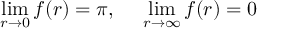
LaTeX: \operatorname * { l i m } _ { r \rightarrow 0 } f ( r ) = \pi , \: \: \: \: \: \: \operatorname * { l i m } _ { r \rightarrow \infty } f ( r ) = 0